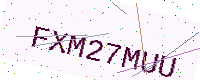
Text: FXM27MUU